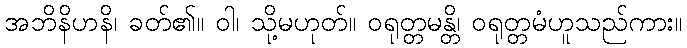
အဘိနိဟနိ၊ ခတ်၏။ ဝါ၊ သို့မဟုတ်။ ဝရုတ္တမန္တိ၊ ဝရုတ္တမံဟူသည်ကား။